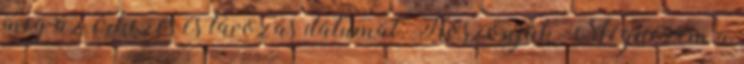
meg az érkezés és távozás dátumát. Köszönjük. Megnézem a